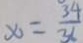
x = \frac { 3 4 } { 3 6 }